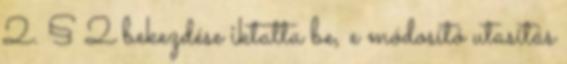
2. § 2 bekezdése iktatta be, e módosító utasítás